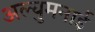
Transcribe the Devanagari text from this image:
अल्युमनाई